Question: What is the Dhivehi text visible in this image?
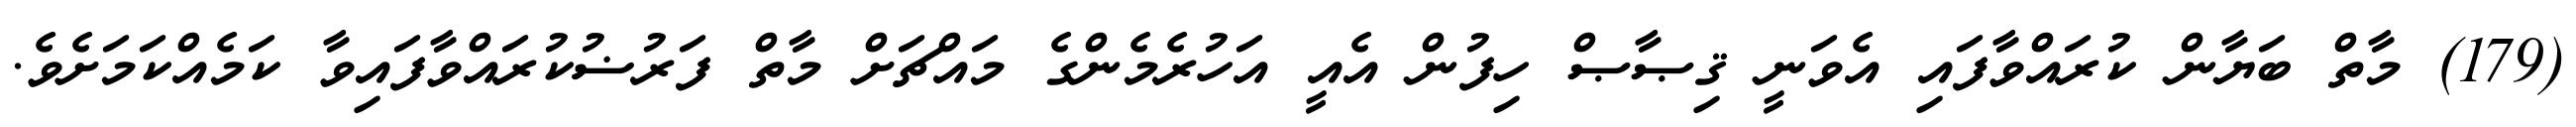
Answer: (179) މާތް ބަޔާން ކުރައްވާފައި އެވަނީ ޤިޞާޞް ހިފުން އެއީ އަހުރެމެންގެ މައްޗަށް މާތް ފަރުޟުކުރައްވާފައިވާ ކަމެއްކަމަށެވެ.